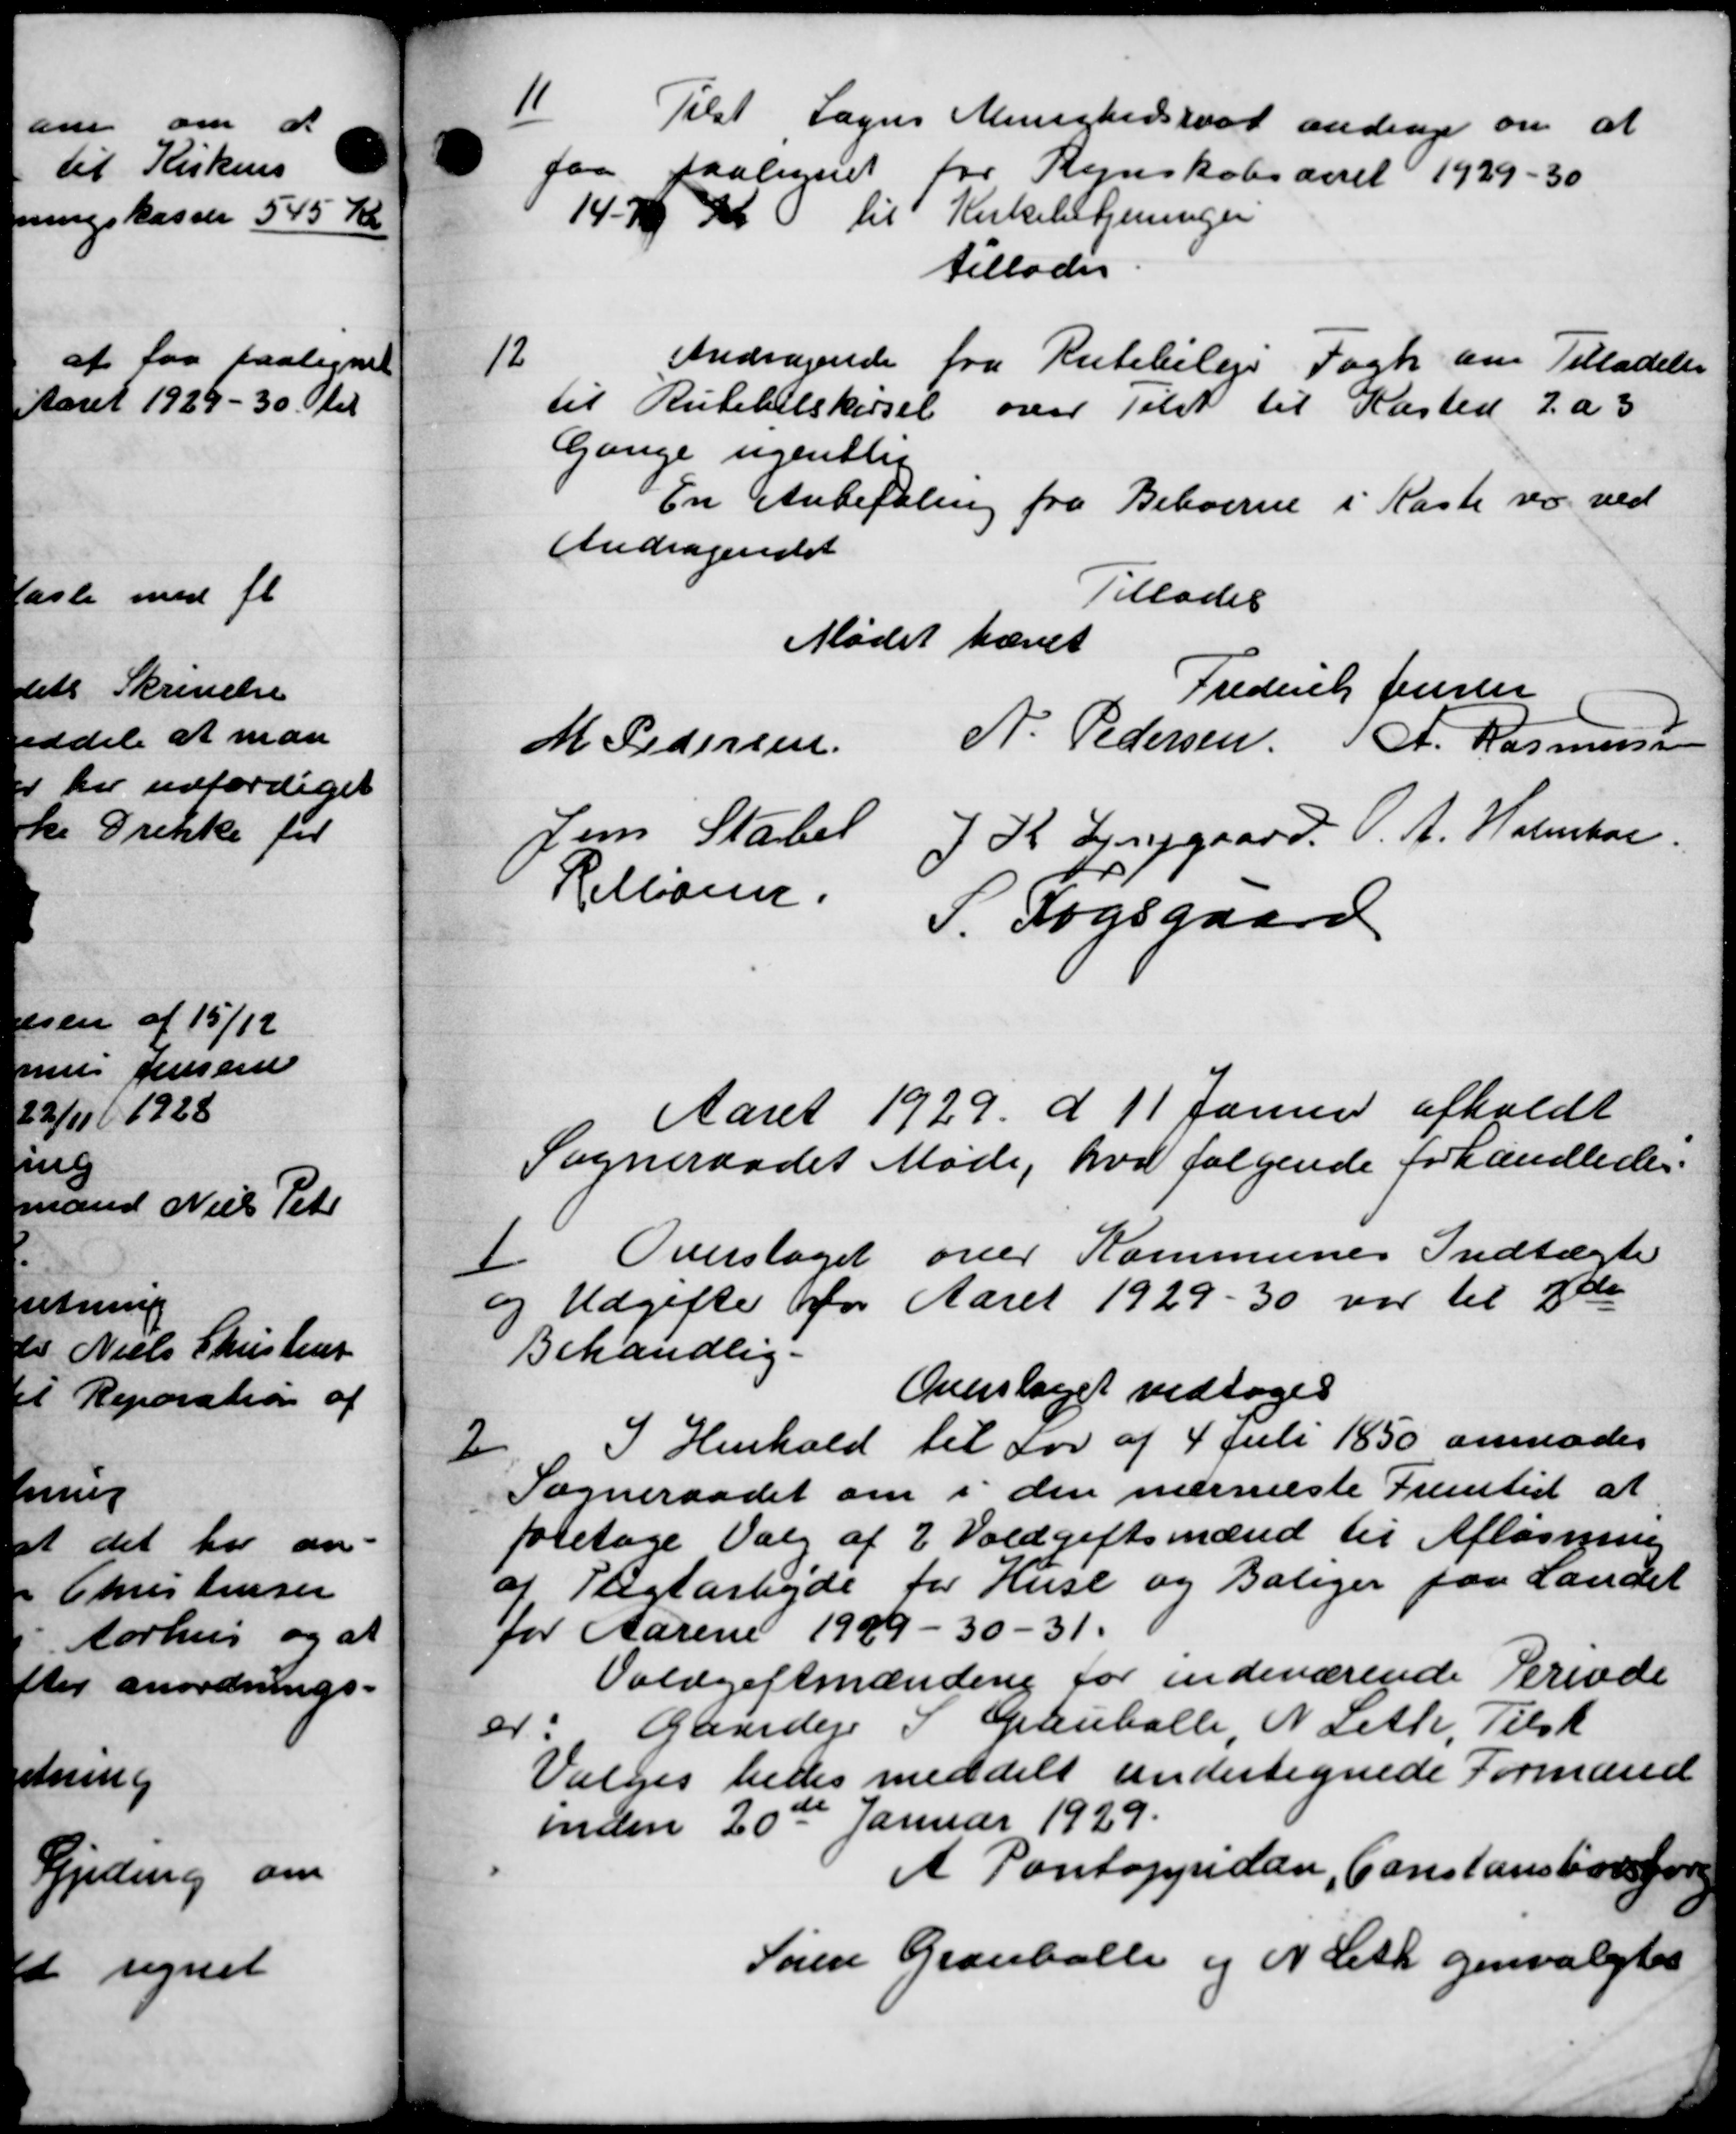
Transskription:
11
Tilst Sogns Menighedsraad andrager om at
faa paalignet for Regnskabsaaret 1929-30
14.76 Kr til Kirkebetjeningen
tillades.
12
Andragende fra Rutebileje Fogh om Tilladelse
til Rutebelskørsel over Tilst til Kasted 7 a 3
Gange ugentlig
En Anbefaling fra Beboerne i Kaste var ved
Andragendet
Tillades
Mødet hævet
Frederik Jensen
M Pedersen N. Pedersen A. Rasmussen
Jens Stabel
J K Linggaard O. A. Holmbor
Rettiden.
S. Fogsgaard
Aaret 1929 d. 11 Januar afholdt
Sogneraadet Møde, hvor følgende forhandledes:
1
Overslaget over Kommunes Indtægte
og Udgifter for Aaret 1929-30 var til 2de
Behandlig.
Overslaget vedtoges
2
I Henhold til Lov af 4 juli 1850 anmoder
Sogneraadet om i den nærmeste Fremtid at
foretage Valg af 2 Voldgiftsmænd til Afløsning
af Pligtarbejde for Huse og Boliger paa Landet
for Aarene 1929 - 30-31.
Voldgiftmændene for indeværende Periode
er: Gaardeje S. Grauballe N Leth, Tilsk
Valges bedes meddelt undertegnede Formand
inden 20de Januar 1929.
A Pontoppidan, Constanstorfore
Søren Grauballe og N Leth genvalgtes